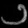
Digit: ၁